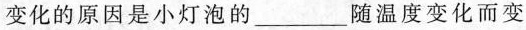
变化的原因是小灯泡的___隧温度变化而变